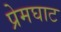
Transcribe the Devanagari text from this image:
प्रेमघाट